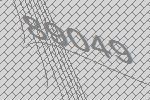
89049